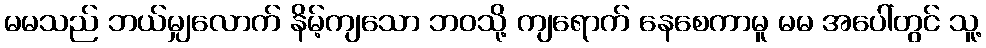
မမသည် ဘယ်မျှလောက် နိမ့်ကျသော ဘဝသို့ ကျရောက် နေစေကာမူ မမ အပေါ်တွင် သူ့